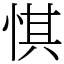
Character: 㥍